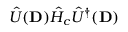
\hat { U } ( \mathbf { D } ) \hat { H } _ { c } \hat { U } ^ { \dag } ( \mathbf { D } )